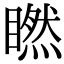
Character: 𥊶